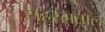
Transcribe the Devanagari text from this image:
सहस्मताल